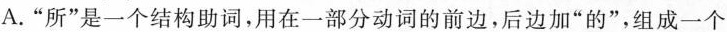
A.”所”是一个结构助词，用在一部分动词的前边，后边加”的”，组成一个